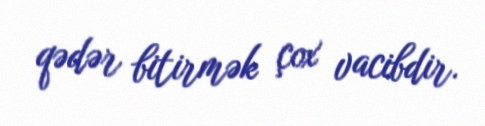
qədər bitirmək çox vacibdir.